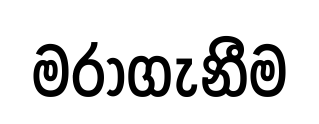
මරාගැනීම